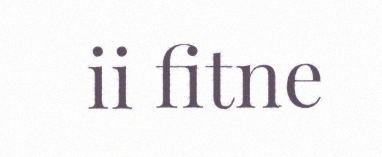
ii fitne